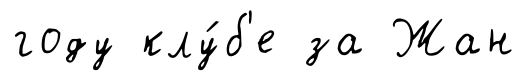
году клу́б'е за Жан